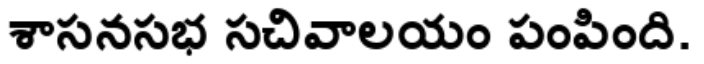
శాసనసభ సచివాలయం పంపింది.